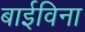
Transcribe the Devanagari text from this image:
बाईविना